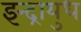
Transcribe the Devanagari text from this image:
इन्द्रायुध